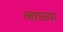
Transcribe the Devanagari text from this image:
व्खाख्या